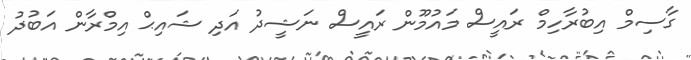
ގާސިމް އިބުރާހިމް ރައީސް މައުމޫން ރައީސް ނަޝީދު އަދި ޝައިޙް އިމްރާން އަބުދު